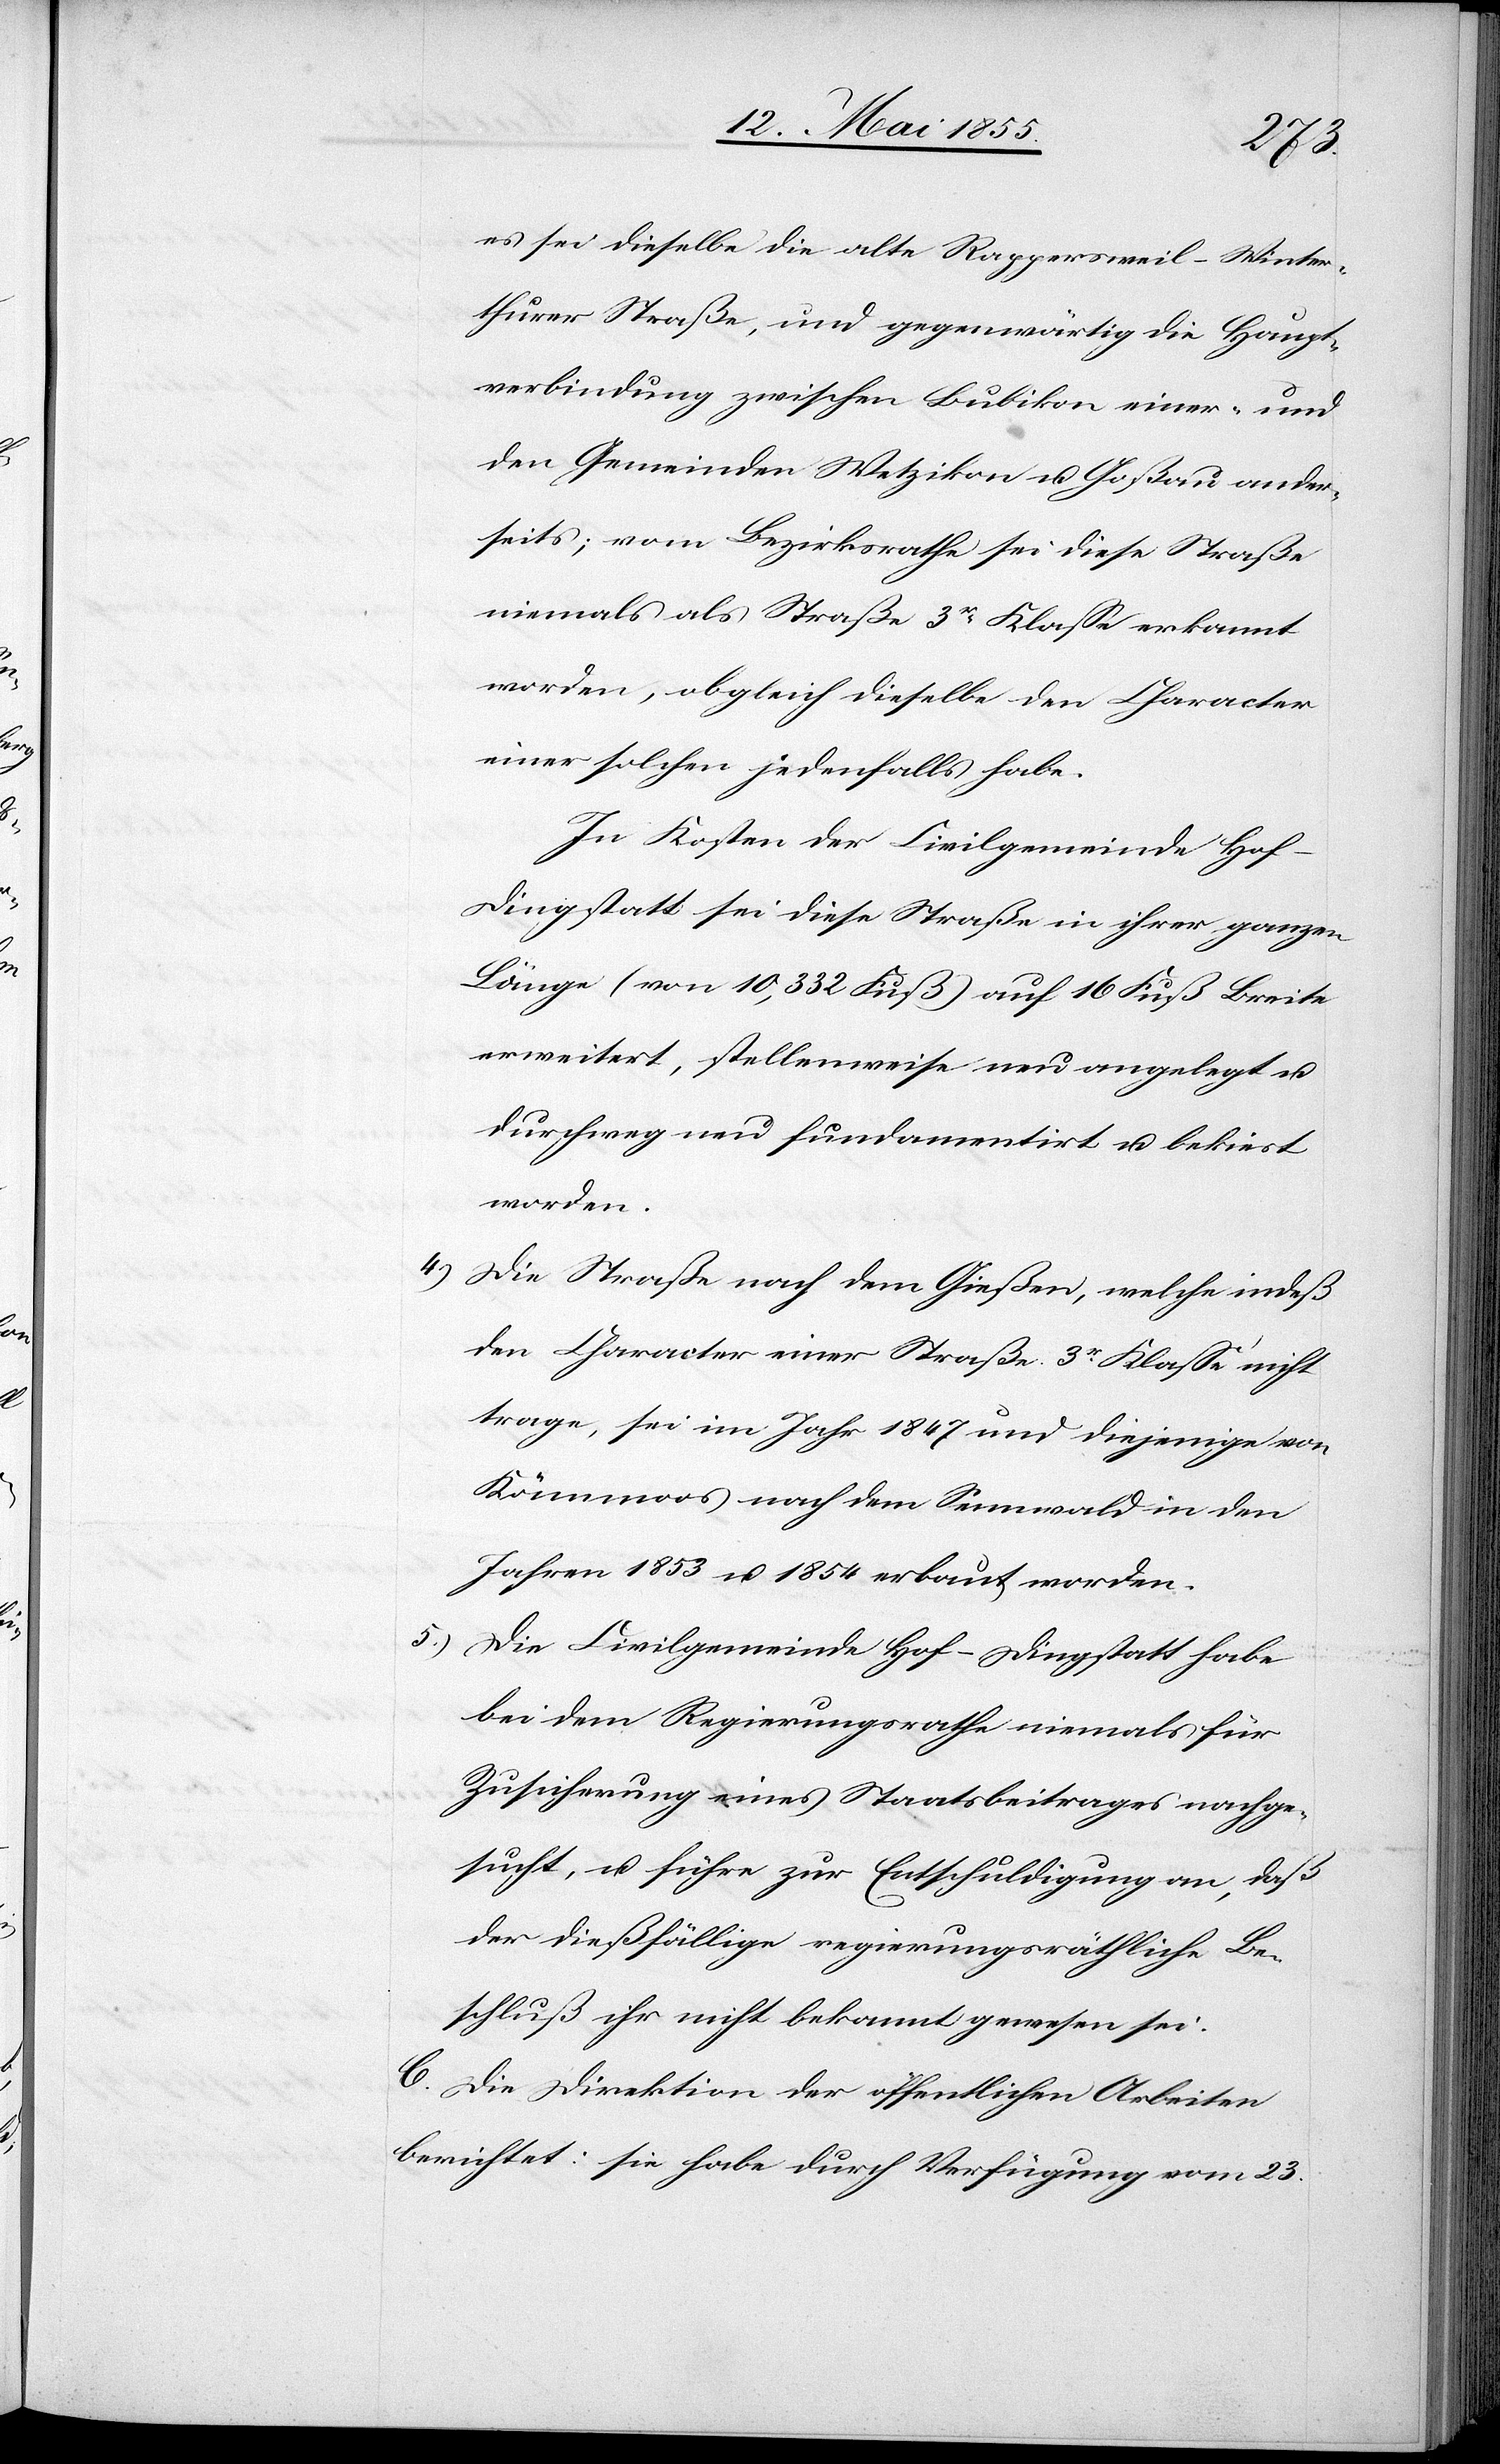
4.)

es sei dieselbe die alte Rappersweil–Winter¬
thurer Straße, und gegenwärtig die Haupt¬
verbindung zwischen Bubikon einer- und
den Gemeinden Wetzikon u. Goßau ander¬
seits; vom Bezirksrathe sei diese Straße
niemals als Straße 3r Klasse erkannt
worden, obgleich dieselbe den Character
einer solchen jedenfalls habe.
In Kosten der Civilgemeinde Hof-D¬
ingstatt sei diese Straße in ihrer ganzen
Länge (von 10,332 Fuß) auf 16 Fuß Breite
erweitert, stellenweise neu angelegt u.
durchweg neu fundamentirt u. bekiest
worden.
Die Straße nach dem Gießen, welche indeß
den Character einer Straße 3r Klasse nicht
trage, sei im Jahr 1847 und diejenige von
Kämmoos nach dem Sennwald in den
Jahren 1853 u. 1854 erbaut worden.
Die Civilgemeinde Hof-Dingstatt habe
bei dem Regierungsrathe niemals für
Zusicherung eines Staatsbeitrages nachge¬
sucht, u. führe zur Entschuldigung an, daß
der dießfällige regierungsräthliche Be¬
schluß ihr nicht bekannt gewesen sei.
C. Die Direktion der öffentlichen Arbeiten
berichtet: sie habe durch Verfügung vom 23.